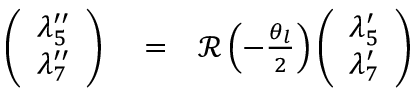
\begin{array} { r l r } { \left( \begin{array} { c } { \lambda _ { 5 } ^ { \prime \prime } } \\ { \lambda _ { 7 } ^ { \prime \prime } } \end{array} \right) } & { { } = } & { { \mathcal R } \left( - \frac { \theta _ { l } } { 2 } \right) \left( \begin{array} { c } { \lambda _ { 5 } ^ { \prime } } \\ { \lambda _ { 7 } ^ { \prime } } \end{array} \right) } \end{array}